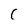
Character: C